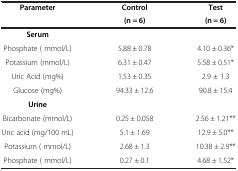
<table><thead><tr><td><b>Parameter</b></td><td><b>Control</b></td><td><b>Test</b></td></tr><tr><td><b> </b></td><td><b>(n = 6)</b></td><td><b>(n = 6)</b></td></tr></thead><tbody><tr><td><b>Serum</b></td><td> </td><td> </td></tr><tr><td>Phosphate ( mmol/L)</td><td>5.88 ± 0.78</td><td>4.10 ± 0.36*</td></tr><tr><td>Potassium (mmol/L)</td><td>6.31 ± 0.47</td><td>5.58 ± 0.51*</td></tr><tr><td>Uric Acid (mg%)</td><td>1.53 ± 0.35</td><td>2.9 ± 1.3</td></tr><tr><td>Glucose (mg%)</td><td>94.33 ± 12.6</td><td>90.8 ± 15.4</td></tr><tr><td><b>Urine</b></td><td> </td><td> </td></tr><tr><td>Bicarbonate (mmol/L)</td><td>0.25 ± 0.058</td><td>2.56 ± 1.21**</td></tr><tr><td>Uric acid (mg/100 mL)</td><td>5.1 ± 1.69</td><td>12.9 ± 5.0**</td></tr><tr><td>Potassium ( mmol/L)</td><td>2.68 ± 1.3</td><td>10.38 ± 2.9**</td></tr><tr><td>Phosphate ( mmol/L)</td><td>0.27 ± 0.1</td><td>4.68 ± 1.52*</td></tr></tbody></table>